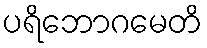
ပရိဘောဂမေတိ